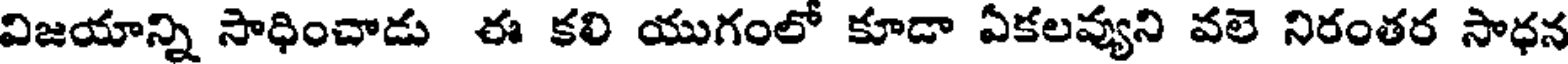
విజయాన్ని సాధించాడు ఈ కలి యుగంలో కూడా ఏకలవ్యుని వలె నిరంతర సాధన